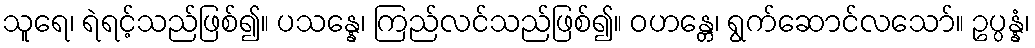
သူရေ၊ ရဲရင့်သည်ဖြစ်၍။ ပသန္နေ၊ ကြည်လင်သည်ဖြစ်၍။ ဝဟန္တေ၊ ရွက်ဆောင်လသော်။ ဥပ္ပန္နံ၊